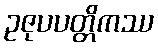
ဥဇုပပတ္တိကဿ